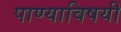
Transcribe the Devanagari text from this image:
पाण्याविषयी